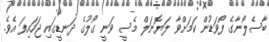
ބާސެލޯނާގެ ފޯވަޑުން ކަމަށްވާ ލަޔޮނަލް މެސީ ވަނީ ގޯލުގެ ދަނޑީގައި ޖަހައިފަ އެވެ.